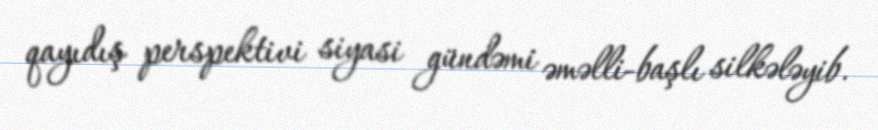
qayıdış perspektivi siyasi gündəmi əməlli-başlı silkələyib.